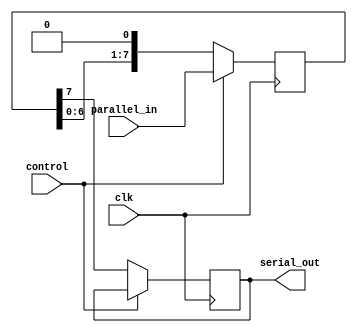
module parallel_in_serial_out_reg(
    input wire clk,
    input wire control,
    input wire [7:0] parallel_in,
    output reg serial_out
);

reg [7:0] register;

always @ (posedge clk) begin
    if (control) begin
        register <= parallel_in;
    end else begin
        register <= {register[6:0], 1'b0};
    end
end

always @ (posedge clk) begin
    if (!control) begin
        serial_out <= register[7];
    end
end

endmodule